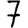
Digit: 7